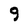
Character: 9